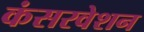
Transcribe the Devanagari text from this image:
कंसरवेशन